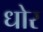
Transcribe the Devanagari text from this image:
धोर